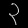
Digit: ၃